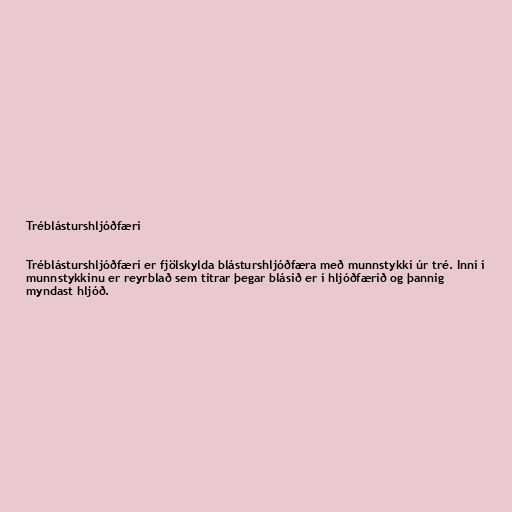
Tréblásturshljóðfæri

Tréblásturshljóðfæri er fjölskylda blásturshljóðfæra með munnstykki úr tré. Inni í
munnstykkinu er reyrblað sem titrar þegar blásið er í hljóðfærið og þannig
myndast hljóð.